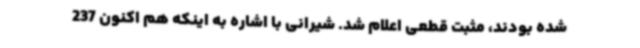
شده بودند، مثبت قطعی اعلام شد. شیرانی با اشاره به اینکه هم اکنون 237